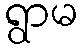
ရွာမ